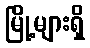
မြို့များရှိ